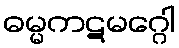
ဓမ္မကဋမဂ္ဂေါ